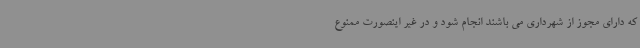
که دارای مجوز از شهرداری می باشند انجام شود و در غیر اینصورت ممنوع